Scientific memoirs by medical officers of the Army of India - Part XI,
Year: 1898
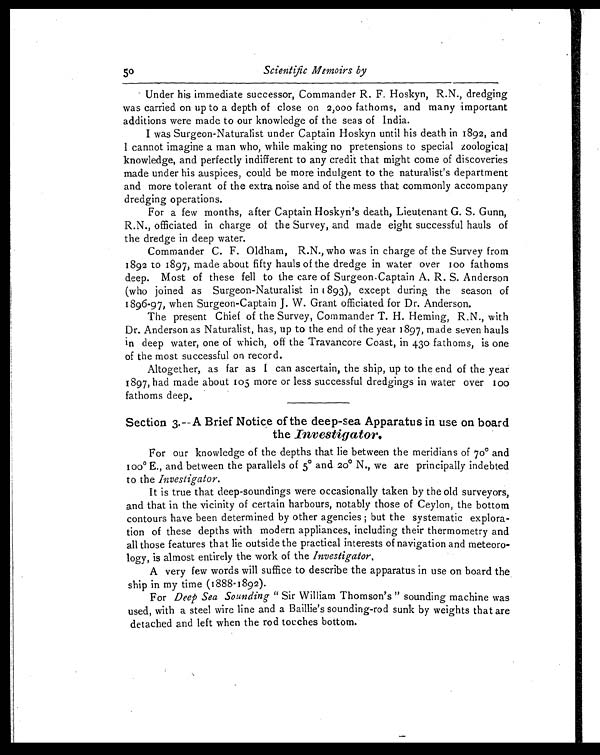
50 Scientific Memoirs by
Under his immediate successor, Commander R. F. Hoskyn, R.N., dredging
was carried on up to a depth of close on 2,000 fathoms, and many important
additions were made to our knowledge of the seas of India.
I was Surgeon-Naturalist under Captain Hoskyn until his death in 1892, and
I cannot imagine a man who, while making no pretensions to special zoological
knowledge, and perfectly indifferent to any credit that might come of discoveries
made under his auspices, could be more indulgent to the naturalist's department
and more tolerant of the extra noise and of the mess that commonly accompany
dredging operations.
For a few months, after Captain Hoskyn's death, Lieutenant G. S. Gunn,
R.N., officiated in charge of the Survey, and made eight successful hauls of
the dredge in deep water.
Commander C. F. Oldham, R.N., who was in charge of the Survey from
1892 to 1897, made about fifty hauls of the dredge in water over ioo fathoms
deep. Most of these fell to the care of Surgeon Captain A. R. S. Anderson
(who joined as Surgeon-Naturalist in 1893), except during the season of
1896-97, when Surgeon-Captain J. W. Grant officiated for Dr. Anderson.
The present Chief of the Survey, Commander T. H. Heming, R.N., with
Dr. Anderson as Naturalist, has, up to the end of the year 1897, made seven hauls
in deep water, one of which, off the Travancore Coast, in 430 fathoms, is one
of the most successful on record.
Altogether, as far as I can ascertain, the ship, up to the end of the year
1897, had made about 105 more or less successful dredgings in water over 100
fathoms deep.
Section 3.—A Brief Notice of the deep-sea Apparatus in use on board
the Investigator.
For our knowledge of the depths that lie between the meridians of 70° and
I00° E., and between the parallels of 5° and 20° N., we are principally indebted
to the Investigator.
It is true that deep-soundings were occasionally taken by the old surveyors,
and that in the vicinity of certain harbours, notably those of Ceylon, the bottom
contours have been determined by other agencies; but the systematic explora-
tion of these depths with modern appliances, including their thermometry and
all those features that lie outside the practical interests of navigation and meteoro-
logy, is almost entirely the work of the Investigator.
A very few words will suffice to describe the apparatus in use on board the
ship in my time (1888-1892).
For Deep Sea Sounding " Sir William Thomson's " sounding machine was
used, with a steel wire line and a Baillie's sounding-rod sunk by weights that are
detached and left when the rod touches bottom.